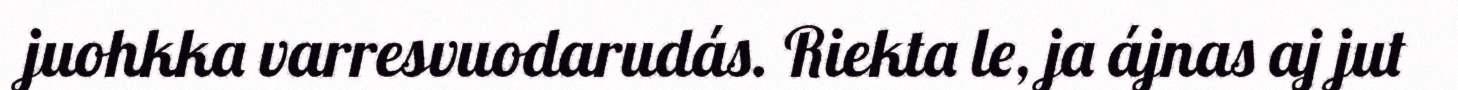
juohkka varresvuodarudás. Riekta le, ja ájnas aj jut